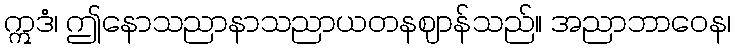
ဣဒံ၊ ဤနောသညာနာသညာယတနဈာန်သည်။ အညာဘာဝေန၊